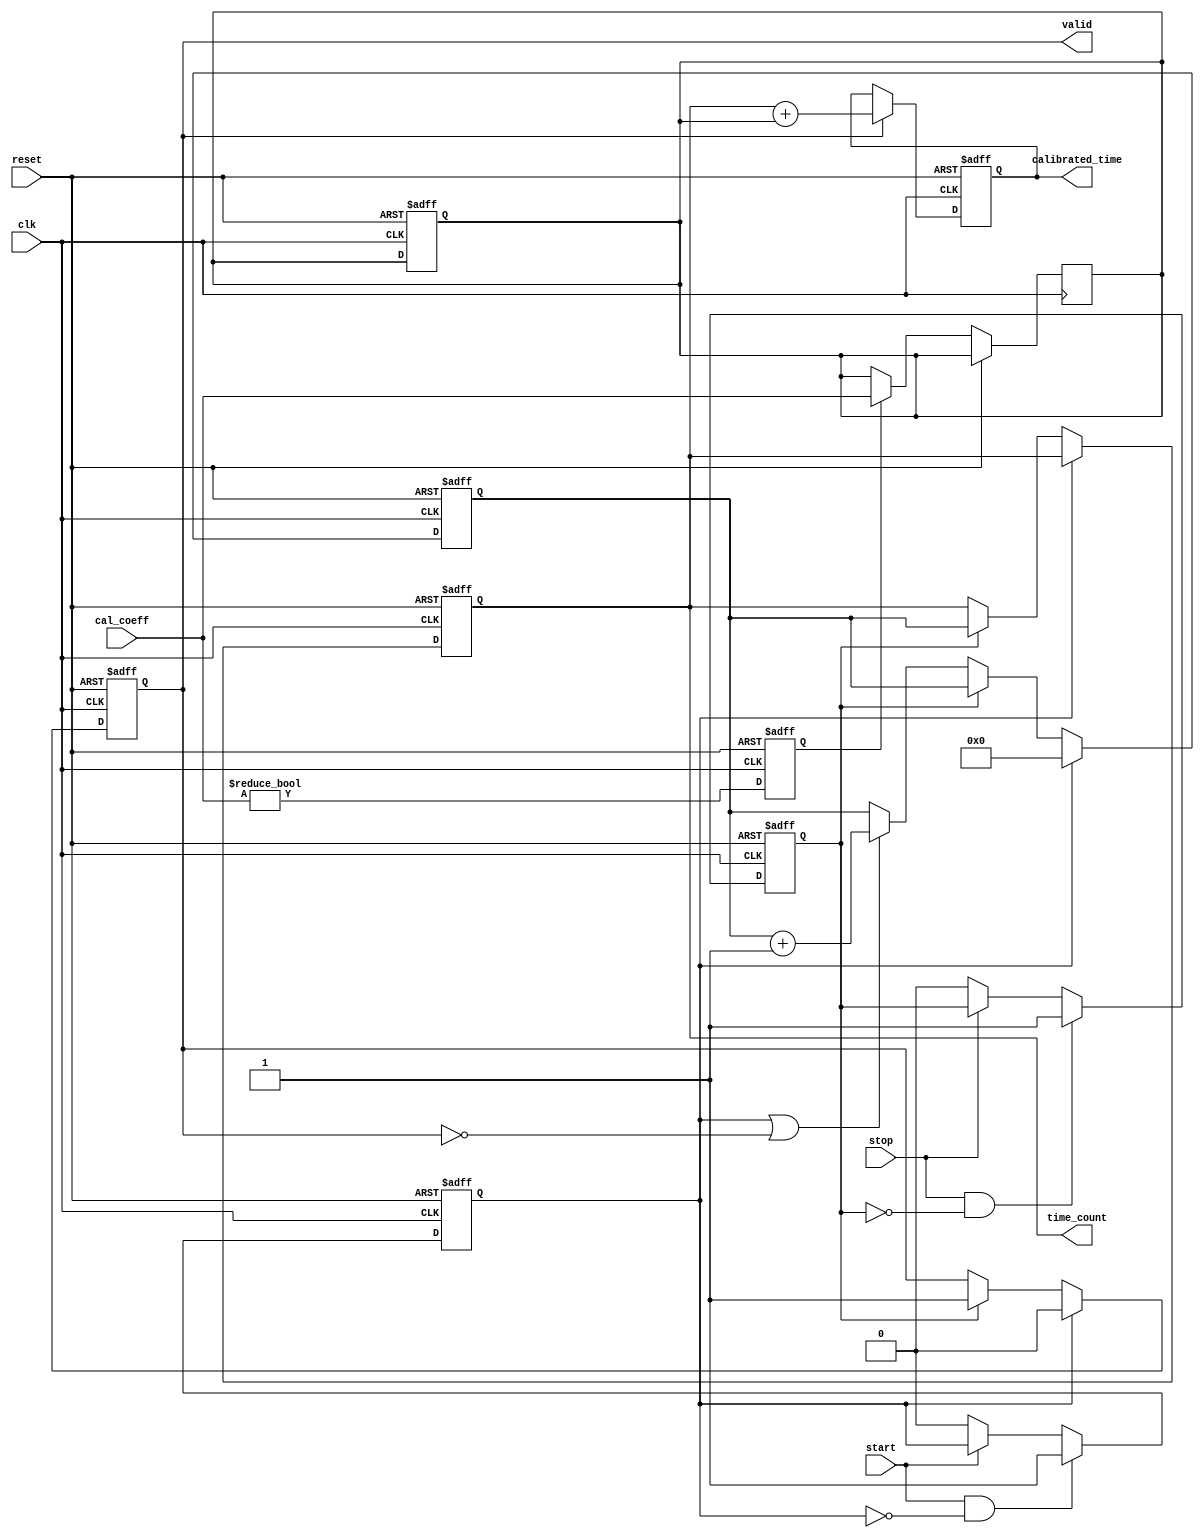
module TDC (
    input wire clk,                // High-frequency clock
    input wire start,              // Start signal
    input wire stop,               // Stop signal
    input wire reset,              // Asynchronous reset
    output reg [31:0] time_count,  // Measured time interval
    output reg valid,              // Valid output flag
    input wire [31:0] cal_coeff,   // Calibration coefficient
    output reg [31:0] calibrated_time // Calibrated time output
);

    reg [31:0] counter;            // Counter for time measurement
    reg start_flag;                // Flag for start edge detection
    reg stop_flag;                 // Flag for stop edge detection
    reg calibration_enabled;        // Flag for calibration
    reg [31:0] calibration_offset;  // Calibration offset

    // Edge detection for start signal
    always @(posedge clk or posedge reset) begin
        if (reset) begin
            start_flag <= 0;
        end else begin
            if (start && !start_flag) begin
                start_flag <= 1;  // Rising edge detected
            end else if (!start) begin
                start_flag <= 0;  // Reset flag
            end
        end
    end

    // Edge detection for stop signal
    always @(posedge clk or posedge reset) begin
        if (reset) begin
            stop_flag <= 0;
        end else begin
            if (stop && !stop_flag) begin
                stop_flag <= 1;  // Rising edge detected
            end else if (!stop) begin
                stop_flag <= 0;  // Reset flag
            end
        end
    end

    // Time measurement logic
    always @(posedge clk or posedge reset) begin
        if (reset) begin
            counter <= 0;
            time_count <= 0;
            valid <= 0;
        end else if (start_flag) begin
            counter <= 0;          // Reset counter on start
            valid <= 0;            // Reset valid flag
        end else if (stop_flag) begin
            time_count <= counter; // Capture time count on stop
            valid <= 1;            // Set valid flag
        end else if (start_flag || !valid) begin
            counter <= counter + 1; // Increment counter
        end
    end

    // Calibration logic
    always @(posedge clk or posedge reset) begin
        if (reset) begin
            calibration_offset <= 0;
            calibrated_time <= 0;
        end else if (valid) begin
            calibrated_time <= time_count + calibration_offset; // Apply calibration
        end
    end

    // Calibration enable logic
    always @(posedge clk or posedge reset) begin
        if (reset) begin
            calibration_enabled <= 0;
        end else begin
            calibration_enabled <= (cal_coeff != 0); // Enable calibration if coefficient is non-zero
            if (calibration_enabled) begin
                calibration_offset <= cal_coeff; // Update calibration offset
            end
        end
    end

endmodule